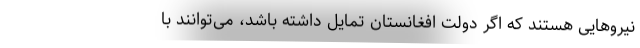
نیروهایی هستند که اگر دولت افغانستان تمایل داشته باشد، می‌توانند با